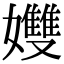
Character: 孇